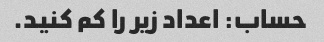
حساب: اعداد زیر را کم کنید.